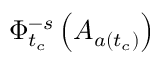
\Phi _ { t _ { c } } ^ { - s } \left( A _ { a ( t _ { c } ) } \right)